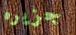
جزيره